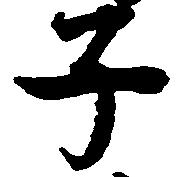
子